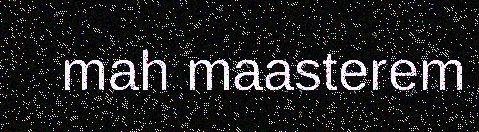
mah maasterem